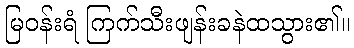
မြဝန်းရံ ကြက်သီးဖျန်းခနဲထသွား၏။